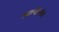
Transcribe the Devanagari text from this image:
त्याचेंनांव